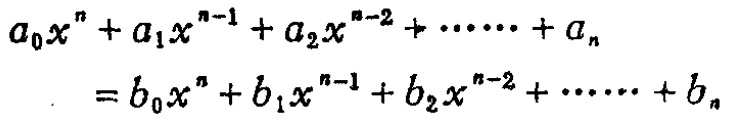
\[
\begin{align*}
a_{0}x^{n}+a_{1}x^{n - 1}+a_{2}x^{n - 2}+\cdots +a_{n}&=b_{0}x^{n}+b_{1}x^{n - 1}+b_{2}x^{n - 2}+\cdots +b_{n}
\end{align*}
\]